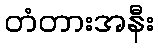
တံတားအနီး